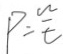
P = \frac { w } { t }